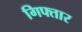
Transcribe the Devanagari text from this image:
गिफ्तार